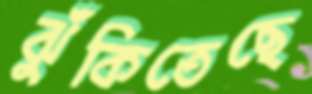
ঝুঁকিতেছে